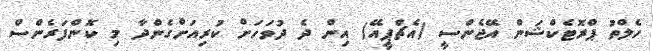
ހެލްތު ޕްރޮޓެކްޝަން އޭޖެންސީ (އެޗްޕީއޭ) އިން ދެ ދުވަހަށް ކުރިއަށްގެންދާ މި ކޮންފަރެންސް